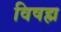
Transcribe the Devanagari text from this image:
विषह्म